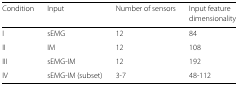
<table><thead><tr><td><b>Condition</b></td><td><b>Input</b></td><td><b>Number of sensors</b></td><td><b>Input feature</b></td></tr><tr><td></td><td></td><td></td><td><b>dimensionality</b></td></tr></thead><tbody><tr><td>I</td><td>sEMG</td><td>12</td><td>84</td></tr><tr><td>II</td><td>IM</td><td>12</td><td>108</td></tr><tr><td>III</td><td>sEMG-IM</td><td>12</td><td>192</td></tr><tr><td>IV</td><td>sEMG-IM (subset)</td><td>3-7</td><td>48-112</td></tr></tbody></table>